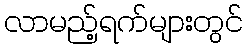
လာမည့်ရက်များတွင်